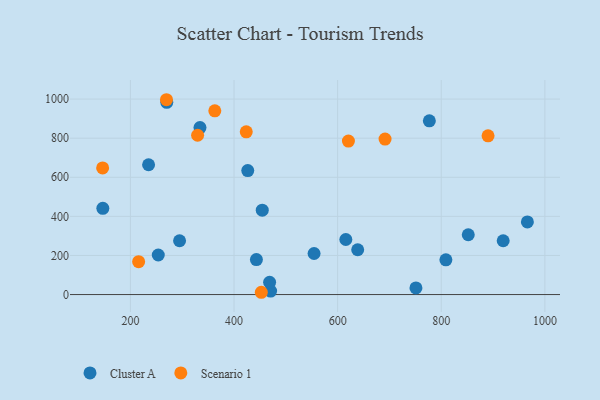
{"axis": {"x": "Ad Spend", "y": "Exam Score"}, "legend": ["Cluster A", "Scenario 1"], "data": [{"x": "751.1", "y": 34.2, "type": "Cluster A"}, {"x": "294.9", "y": 275.2, "type": "Cluster A"}, {"x": "334.3", "y": 854.4, "type": "Cluster A"}, {"x": "454.5", "y": 431.5, "type": "Cluster A"}, {"x": "443.2", "y": 179.1, "type": "Cluster A"}, {"x": "638.7", "y": 229.3, "type": "Cluster A"}, {"x": "852.1", "y": 306.1, "type": "Cluster A"}, {"x": "146.8", "y": 441.1, "type": "Cluster A"}, {"x": "777.0", "y": 888.6, "type": "Cluster A"}, {"x": "253.8", "y": 202.5, "type": "Cluster A"}, {"x": "426.5", "y": 634.4, "type": "Cluster A"}, {"x": "470.6", "y": 17.7, "type": "Cluster A"}, {"x": "808.9", "y": 177.6, "type": "Cluster A"}, {"x": "235.1", "y": 664.1, "type": "Cluster A"}, {"x": "966.2", "y": 371.8, "type": "Cluster A"}, {"x": "615.8", "y": 281.7, "type": "Cluster A"}, {"x": "554.5", "y": 210.2, "type": "Cluster A"}, {"x": "919.5", "y": 275.2, "type": "Cluster A"}, {"x": "468.7", "y": 63.1, "type": "Cluster A"}, {"x": "270.2", "y": 983.6, "type": "Cluster A"}, {"x": "362.9", "y": 940.2, "type": "Scenario 1"}, {"x": "215.9", "y": 168.0, "type": "Scenario 1"}, {"x": "452.7", "y": 11.7, "type": "Scenario 1"}, {"x": "620.8", "y": 785.2, "type": "Scenario 1"}, {"x": "329.7", "y": 815.1, "type": "Scenario 1"}, {"x": "691.5", "y": 795.3, "type": "Scenario 1"}, {"x": "423.6", "y": 832.6, "type": "Scenario 1"}, {"x": "146.4", "y": 648.1, "type": "Scenario 1"}, {"x": "269.6", "y": 996.8, "type": "Scenario 1"}, {"x": "890.3", "y": 811.9, "type": "Scenario 1"}]}